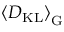
\ensuremath { \left\langle D _ { \mathrm { K L } } \right\rangle } _ { \mathrm { G } }